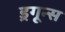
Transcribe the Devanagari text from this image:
ड्रगून्स